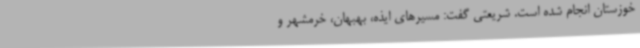
خوزستان انجام شده است‌. شریعتی گفت: مسیرهای ایذه، بهبهان، خرمشهر و